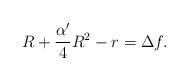
LaTeX: \begin{align*}R+\frac{\alpha'}{4}R^2-r=\Delta f.\end{align*}